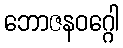
ဘောဇနဝဂ္ဂေါ